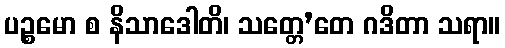
ပဉ္စမော စ နိသာဒေါတိ၊ သတ္တေ’တေ ဂဒိတာ သရာ။